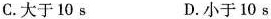
C.大于10s D.小于10s